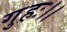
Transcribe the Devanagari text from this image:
गुहः।।